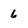
Character: 6